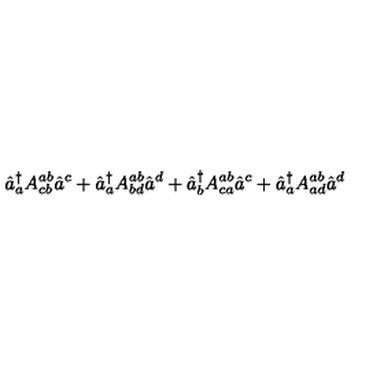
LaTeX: \hat { a } _ { a } ^ { \dagger } A _ { c b } ^ { a b } \hat { a } ^ { c } + \hat { a } _ { a } ^ { \dagger } A _ { b d } ^ { a b } \hat { a } ^ { d } + \hat { a } _ { b } ^ { \dagger } A _ { c a } ^ { a b } \hat { a } ^ { c } + \hat { a } _ { a } ^ { \dagger } A _ { a d } ^ { a b } \hat { a } ^ { d }